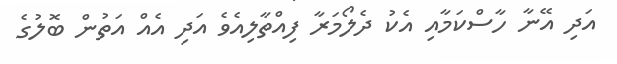
އަދި އޭނާ ހާސްކަމާއި އެކު ދެލޯމަރާ ފިއްތާލިއެވެ އަދި އެއް އަތުން ބޮލުގެ